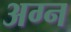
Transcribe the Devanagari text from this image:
अग्न